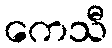
ကေသီ